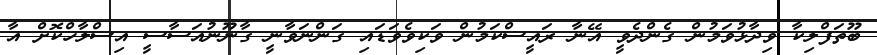
ބޫތަފްލިކާ ވިދާޅުވަމުން ގެންދެވީ އޭނާ ރައީސްކަމުން ވަކިވެވަޑައި ގަންނަވާނީ ގާނޫނުއަސާސީ އިސްލާހްކޮށް އާ